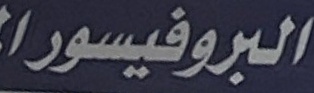
البروفیسورا